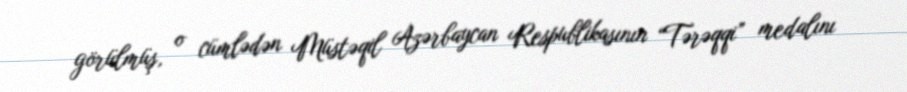
görülmüş, o cümlədən Müstəqil Azərbaycan Respublikasının “Tərəqqi” medalını